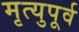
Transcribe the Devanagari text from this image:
मृत्युपूर्व